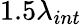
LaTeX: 1.5\lambda_{int}